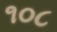
૧૦૮